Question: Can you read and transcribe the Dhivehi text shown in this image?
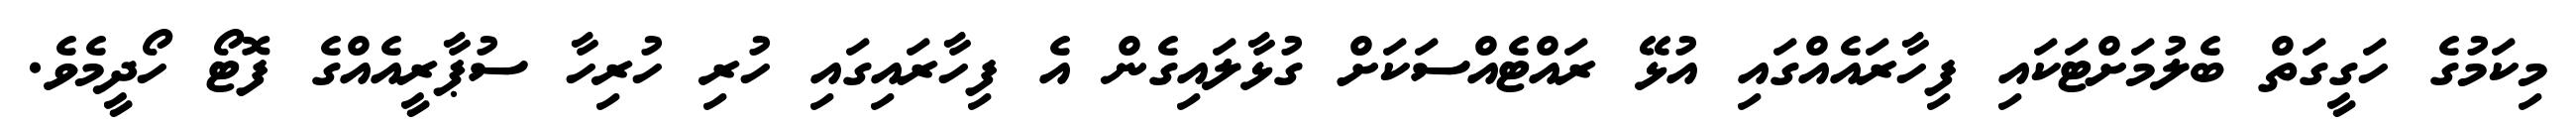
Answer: މިކަމުގެ ހަގީގަތް ބެލުމަށްޓަކައި ފިހާރައެއްގައި އުޅޭ ރައްޓެއްސަކަށް ގުޅާލައިގެން އެ ފިހާރައިގައި ހުރި ހުރިހާ ސުޕާރީއެއްގެ ފޮޓޯ ހޯދީމެވެ.